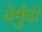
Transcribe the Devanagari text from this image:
वेर्मुदो